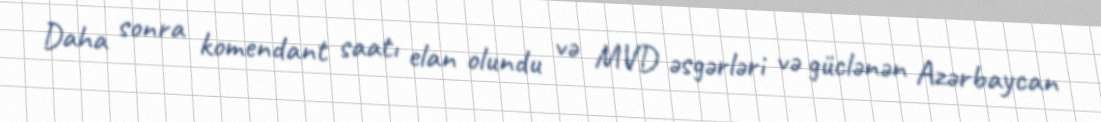
Daha sonra komendant saatı elan olundu və MVD əsgərləri və güclənən Azərbaycan